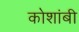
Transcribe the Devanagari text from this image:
कोशांबी